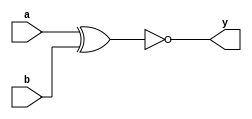
module xnor_s(a,b,y);
input a,b;
output y;

xnor b1(y,a,b);
                
endmodule